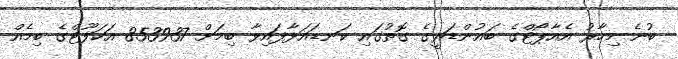
ބުނެ މިހާރު އެއާޕޯޓްގެ ބައުންޑަރީގެ ގޮތުގައި ކަނޑައަޅާފައިވާ ބިމަށް 853937 އަކަފޫޓްގެ ބިމެއް